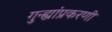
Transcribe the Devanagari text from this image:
गुन्ह्यांप्रकरणी